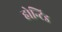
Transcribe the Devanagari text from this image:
होन्टिड